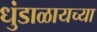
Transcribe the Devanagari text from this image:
धुंडाळायच्या